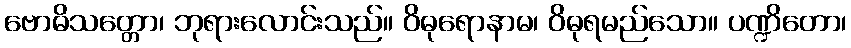
ဗောဓိသတ္တော၊ ဘုရားလောင်းသည်။ ဝိဓုရောနာမ၊ ဝိဓုရမည်သော။ ပဏ္ဍိတော၊